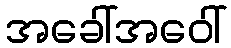
အခေါ်အဝေါ်